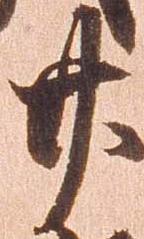
廿